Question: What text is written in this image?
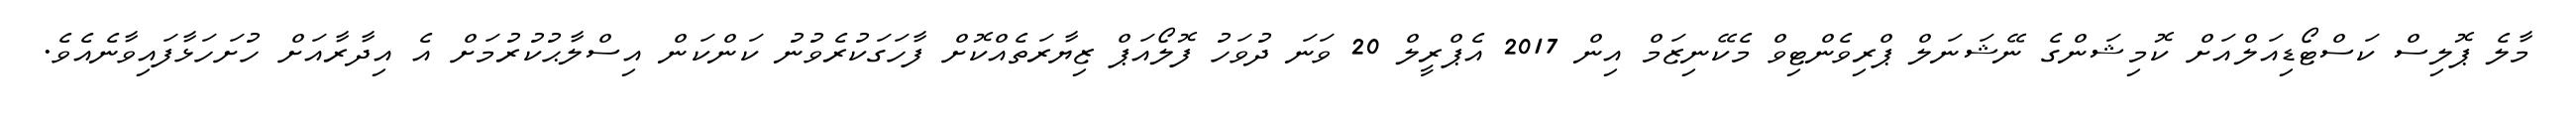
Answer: މާލެ ޕޮލިސް ކަސްޓޯޑިއަލްއަށް ކޮމިޝަންގެ ނޭޝަނަލް ޕްރިވެންޓިވް މެކޭނިޒަމް އިން 2017 އެޕްރީލް 20 ވަނަ ދުވަހު ފޮލޯއަޕް ޒިޔާރަތެއްކޮށް ފާހަގަކުރެވުނު ކަންކަން އިސްލާޙުކުރުމަށް އެ އިދާރާއަށް ހުށަހަޅާފައިވާނެއެވެ.